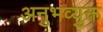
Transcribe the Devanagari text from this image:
अनुभव्युक्त